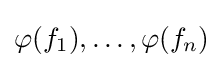
\varphi (f_{1}),\ldots ,\varphi (f_{n})